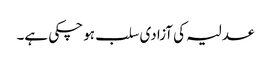
عدلیہ کی آزادی سلب ہو چکی ہے۔